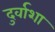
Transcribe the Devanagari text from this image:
दुर्वाशा